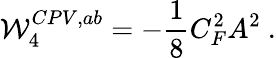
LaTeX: {\cal W}_{4}^{CPV,ab}=-{\frac{1}{8}}C_{F}^{2}A^{2}\ .